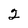
Character: 2